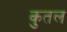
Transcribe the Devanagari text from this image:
कुतल